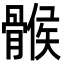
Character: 𩩵